Lunatic asylums Madras 1892-1911 - 1892-1911
Year: 1892
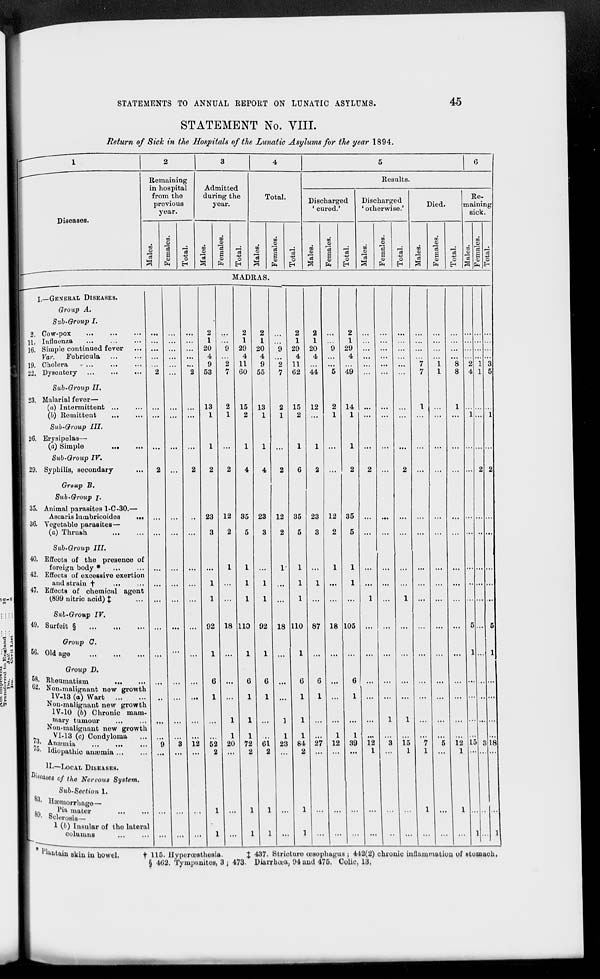
STATEMENTS TO ANNUAL REPORT ON LUNATIC ASYLUMS.
45
STATEMENT No. VIII.
Return of Sick in the Hospitals of the Lunatic Asylums for the year 1894.
4
Diseases.
Remaining
in hospital
from the
previous
year.
Admitted
during the
year.
o>
a
3
t/J
to
01
9
'a
EC
a
S
43
9
s
o
o
03
fc
H
a P=< o
H
Total.
CO
03
03
03
t-i
o
Results.
Discharged
' cured.'
HI
03
DO
03
13
a
03
O
H
Discharged
' otherwise.'
03
a
o
H
Died.
DO
"ol
CD
03
'3
a
03
O
Re-
maining
sick.
MADRAS.
2.
11.
16.
19.
22.
23.
I,—GENERAL DISEASES.
Qroup A.
Sub-Group I.
Cow-pox
Influenza
Simple continued fever
Vat:
Febricula
Cholera
- ...
Dysentery
Sub-Group II.
Malarial fever—
(a) Intermittent ...
(!>) Remittent
...
Sub-Group III.
26. Erysipelas—
(a) Simple
...
Sub-Group IV.
29. Syphilis, secondary
Group B.
Sub-Group j.
35. Animal parasites 1-C-30.
Ascaris lumbricoides
36. Vegetable parasites—
(a) Thrush
40.
42.
47.
49.
Sub-Group III.
Effeots of the presenoe of
foreign body *
Effects of excessive exertion
and strain f
Effects of chemical
1899 nitric acid) $
Sal-Group IV.
Surfeit §
agent
Group G.
56. Old age
58.
02.
73.
Group D.
Rheumatism
Non.malignant new growth
IV-13 (o) Wart
Nou-malignant now growth
1V-10 (6) Chronic mam-
mary tumour
Non-malignant now growth
VI-13 (c) Condyloma
Anaemia
--
MkUBDlUUtl
...
...
'»• Idiopathic amomia ...
II.—-LOCAL DISEASES.
iteotea of the Nervous System
Sub-Section 1.
Hajmorrhago—
2
1
20
4
9
53
13
1
Di„
83.
89.
I'ia mater
^clorosis—
1 (b) Insular of the lateral
columns
12
' 1'lunt
23
3
1
1
92
52
2
2
1
29
4
11
60
2 15
1
2
12
2
2
1
20
4
9
55
13
1
18
no
5
1
1
1
110
4
23
3
1
1
92
1
20
1
72
2
01
2
12
2
2
1
29
4
11
62
15
2
35
5
1
1
1
18 HO
2
1
20
4
44
12
1
1
23
1
84
2
23
3
87
27
12
2
18
1
12
2
1
29
4
49
14
1
35
5
1
1
105
1
39 12
1
15
1
12
1
L5 3 18
1
aia skin iu bowel.
t 115. Hypercosthesia.
X * 3 7- Strioturo oesophagus ; 442(2) chronic inflammation of stomaoh,
§ 462. Tympanites, 3 ; 473- Diarrhoea, 94 and 475, Colic, 13,